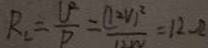
R _ { 2 } = \frac { U ^ { 2 } } { P } = \frac { ( 1 2 V ) ^ { 2 } } { 1 2 W } = 1 2 . \Omega